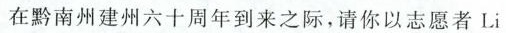
在黔南州建州六十周年到来之际，请你以志愿者Li